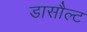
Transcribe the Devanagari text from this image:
डासौल्ट